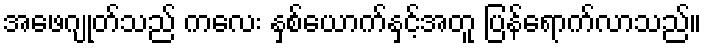
အဖေဂျုတ်သည် ကလေး နှစ်ယောက်နှင့်အတူ ပြန်ရောက်လာသည်။